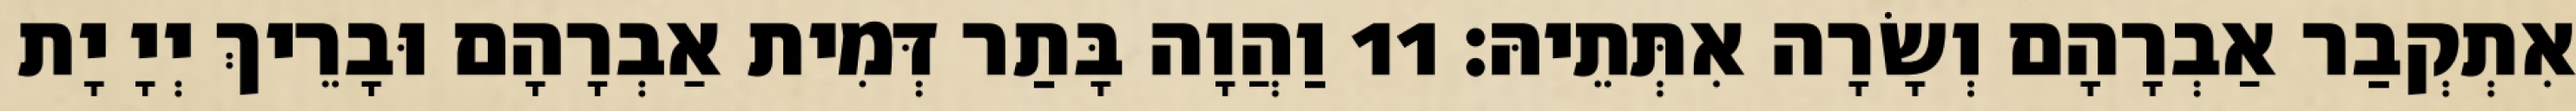
אִתְקְבַר אַבְרָהָם וְשָׂרָה אִתְּתֵיהּ׃ 11 וַהֲוָה בָּתַר דְּמִית אַבְרָהָם וּבָרֵיךְ יְיָ יָת